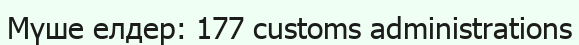
Мүше елдер: 177 customs administrations